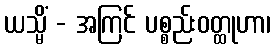
ယသ္မိံ - အကြင် ပစ္စည်းဝတ္ထုဟာ၊